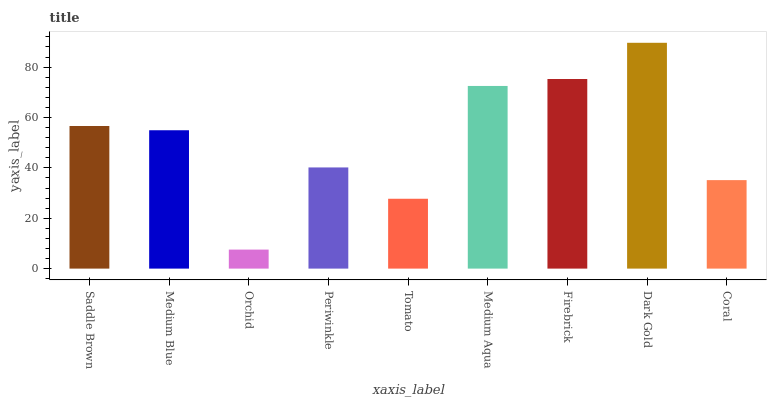
| xaxis_label | bars |
 | --- | --- |
 | Saddle Brown | 56.6 |
 | Medium Blue | 54.9 |
 | Orchid | 7.55 |
 | Periwinkle | 40.2 |
 | Tomato | 27.7 |
 | Medium Aqua | 72.5 |
 | Firebrick | 75.3 |
 | Dark Gold | 89.6 |
 | Coral | 35.1 |